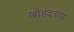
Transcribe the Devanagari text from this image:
खोडदच्या